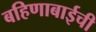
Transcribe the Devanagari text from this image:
बहिणाबाईची